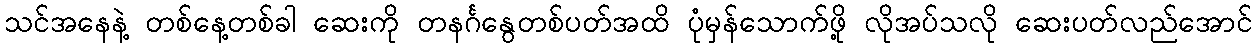
သင်အနေနဲ့ တစ်နေ့တစ်ခါ ဆေးကို တနင်္ဂနွေတစ်ပတ်အထိ ပုံမှန်သောက်ဖို့ လိုအပ်သလို ဆေးပတ်လည်အောင်